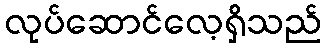
လုပ်ဆောင်လေ့ရှိသည်